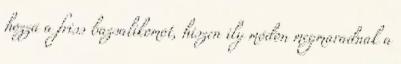
hozzá a friss bazsalikomot, hiszen ily módon megmaradnak a